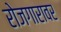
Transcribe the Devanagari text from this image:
रोजगारावर